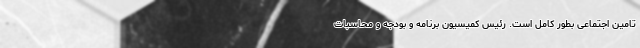
تامین اجتماعی بطور کامل است. رئیس کمیسیون برنامه و بودجه و محاسبات